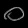
Digit: ၀